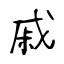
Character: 戚